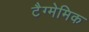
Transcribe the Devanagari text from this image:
टैग्मेमिक